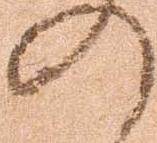
の